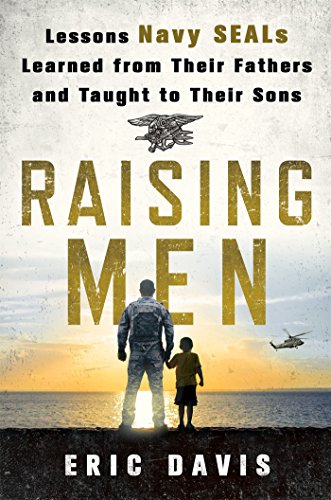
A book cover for Raising Men: Lessons Navy SEALs Learned from Their Fathers and Taught to Their Sons; Eric Davis; Parenting & Relationships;